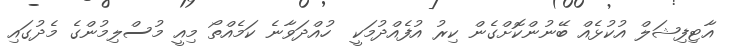
އާޓިފިޝަލް އުކުޅެއް ބޭނުންކޮށްގެން ކިރު އުފެއްދުމަކީ  ހުއްދަވާނެ ކަމެއްތޯ މިއީ މުސްލިމުންގެ މެދުގައި